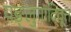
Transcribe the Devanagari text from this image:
यङ्लुगादिवृत्त